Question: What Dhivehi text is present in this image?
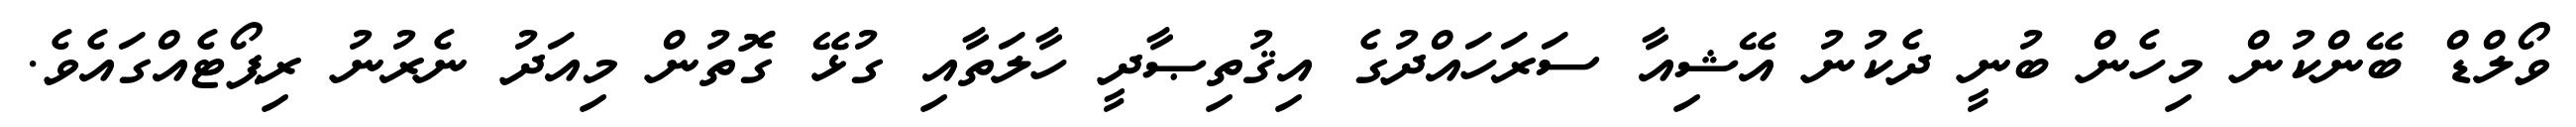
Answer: ވޯލްޑް ބޭންކުން މިހެން ބުނީ ދެކުނު އޭޝިއާ ސަރަހައްދުގެ އިޤުތިޞާދީ ހާލަތާއި ގުޅޭ ގޮތުން މިއަދު ނެރުނު ރިޕޯޓެއްގައެވެ.